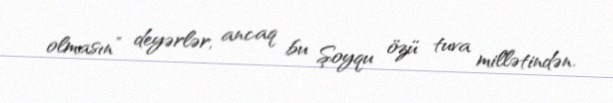
olmasın” deyərlər, ancaq bu Şoyqu özü tuva millətindən.